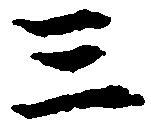
三